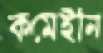
কমেইনি